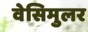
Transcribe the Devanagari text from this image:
वेसिमुलर